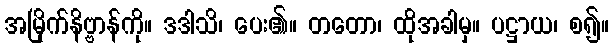
အမြိုက်နိဗ္ဗာန်ကို။ ဒဒါသိ၊ ပေး၏။ တတော၊ ထိုအခါမှ။ ပဋ္ဌာယ၊ စ၍။